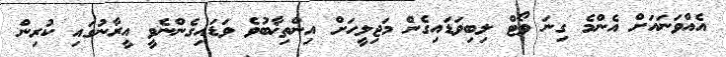
އެއްވަނައަށް އެންމެ ގިނަ ވޯޓް ލިބިވަޑައިގެން މަޖިލީހަށް އިންތިޚާބުވެ ވަޑައިގެންނެވީ އީރާނުގައި ކުރިން